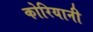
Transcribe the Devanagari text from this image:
कोरियानी